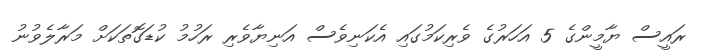
ރައީސް ޔާމީންގެ 5 އަހަރުގެ ވެރިކަމުގައި އެކަނިވެސް އަނިޔާވެރި ރަހުމު ކުޑަގޮތަކަށް މަރާލެވުނު